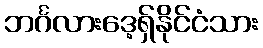
ဘင်္ဂလားဒေ့ရှ်နိုင်ငံသား